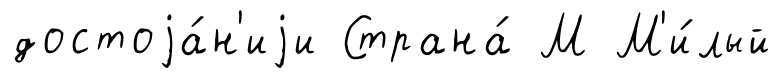
достоjа́н'иjи Страна́ М М'и́лый